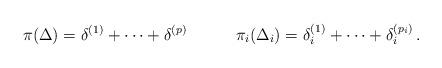
LaTeX: \begin{align*}\pi (\Delta ) = \delta ^{(1)} + \cdots + \delta ^{(p)}\qquad \quad\pi _i (\Delta _i) = \delta ^{(1)} _i + \cdots + \delta ^{(p_i)} _i \, .\end{align*}